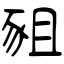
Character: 豠